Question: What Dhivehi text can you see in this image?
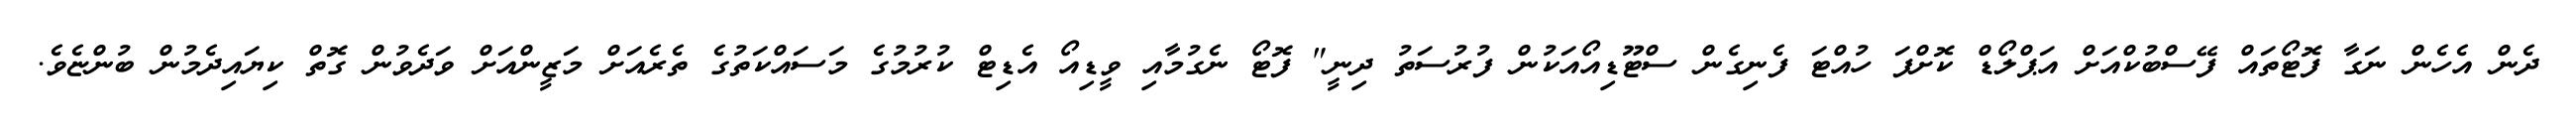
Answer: ދެން އެހެން ނަގާ ފޮޓޯތައް ފޭސްބުކްއަށް އަޕްލޯޑް ކޮށްފަ ހުއްޓަ ފެނިގެން ސްޓޫޑިއޯއަކުން ފުރުސަތު ދިނީ" ފޮޓޯ ނެގުމާއި ވީޑިއޯ އެޑިޓް ކުރުމުގެ މަސައްކަތުގެ ތެރެއަށް މަޒީންއަށް ވަދެވުން ގޮތް ކިޔައިދެމުން ބުންޏެވެ.